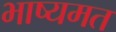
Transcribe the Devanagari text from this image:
भाष्यमत